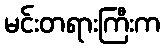
မင်းတရားကြီးက